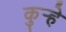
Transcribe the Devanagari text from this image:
कुऱ्हे